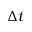
\Delta t